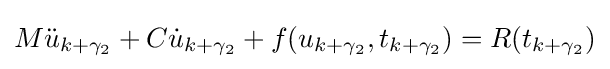
M{\ddot {u}}_{k+\gamma _{2}}+C{\dot {u}}_{k+\gamma _{2}}+f(u_{k+\gamma _{2}},t_{k+\gamma _{2}})=R(t_{k+\gamma _{2}})